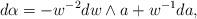
LaTeX: \begin{align*}d\alpha = -w^{-2}dw \wedge a + w^{-1}da,\end{align*}